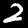
Label: 2